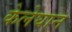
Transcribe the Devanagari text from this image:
केलेघान